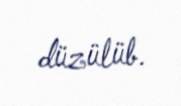
düzülüb.